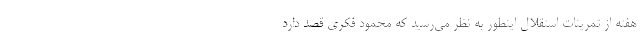
هفته از تمرینات استقلال اینطور به نظر می‌رسید که محمود فکری قصد دارد